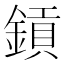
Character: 𨫋